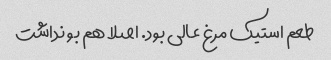
طعم استیک مرغ عالی بود. اصلا هم بو نداشت